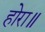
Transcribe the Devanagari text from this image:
होरा॥